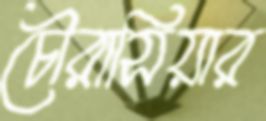
চৌরাসিয়ার